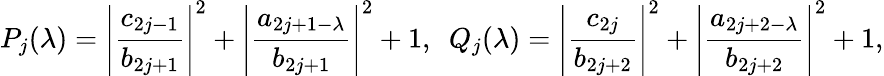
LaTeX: P_{j}(\lambda)=\left|\frac{c_{2j-1}}{b_{2j+1}}\right|^{2}+\left|\frac{a_{2j+1-\lambda}}{b_{2j+1}}\right|^{2}+1,~~Q_{j}(\lambda)=\left|\frac{c_{2j}}{b_{2j+2}}\right|^{2}+\left|\frac{a_{2j+2-\lambda}}{b_{2j+2}}\right|^{2}+1,